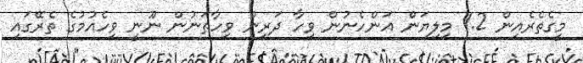
މީގެތެރެއިން 1.2 މިލިޔަން އަންހެނުން ވިހާ ދަރިން ވިހާތަނުން ނޫނީ ވިހެއުމުގެ ތެރޭގައި